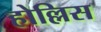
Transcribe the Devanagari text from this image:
होल्लिस